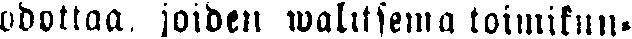
odottaa, joiden walitsema toimikun-